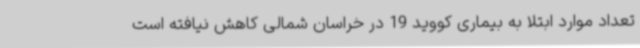
تعداد موارد ابتلا به بیماری کووید 19 در خراسان شمالی کاهش نیافته است